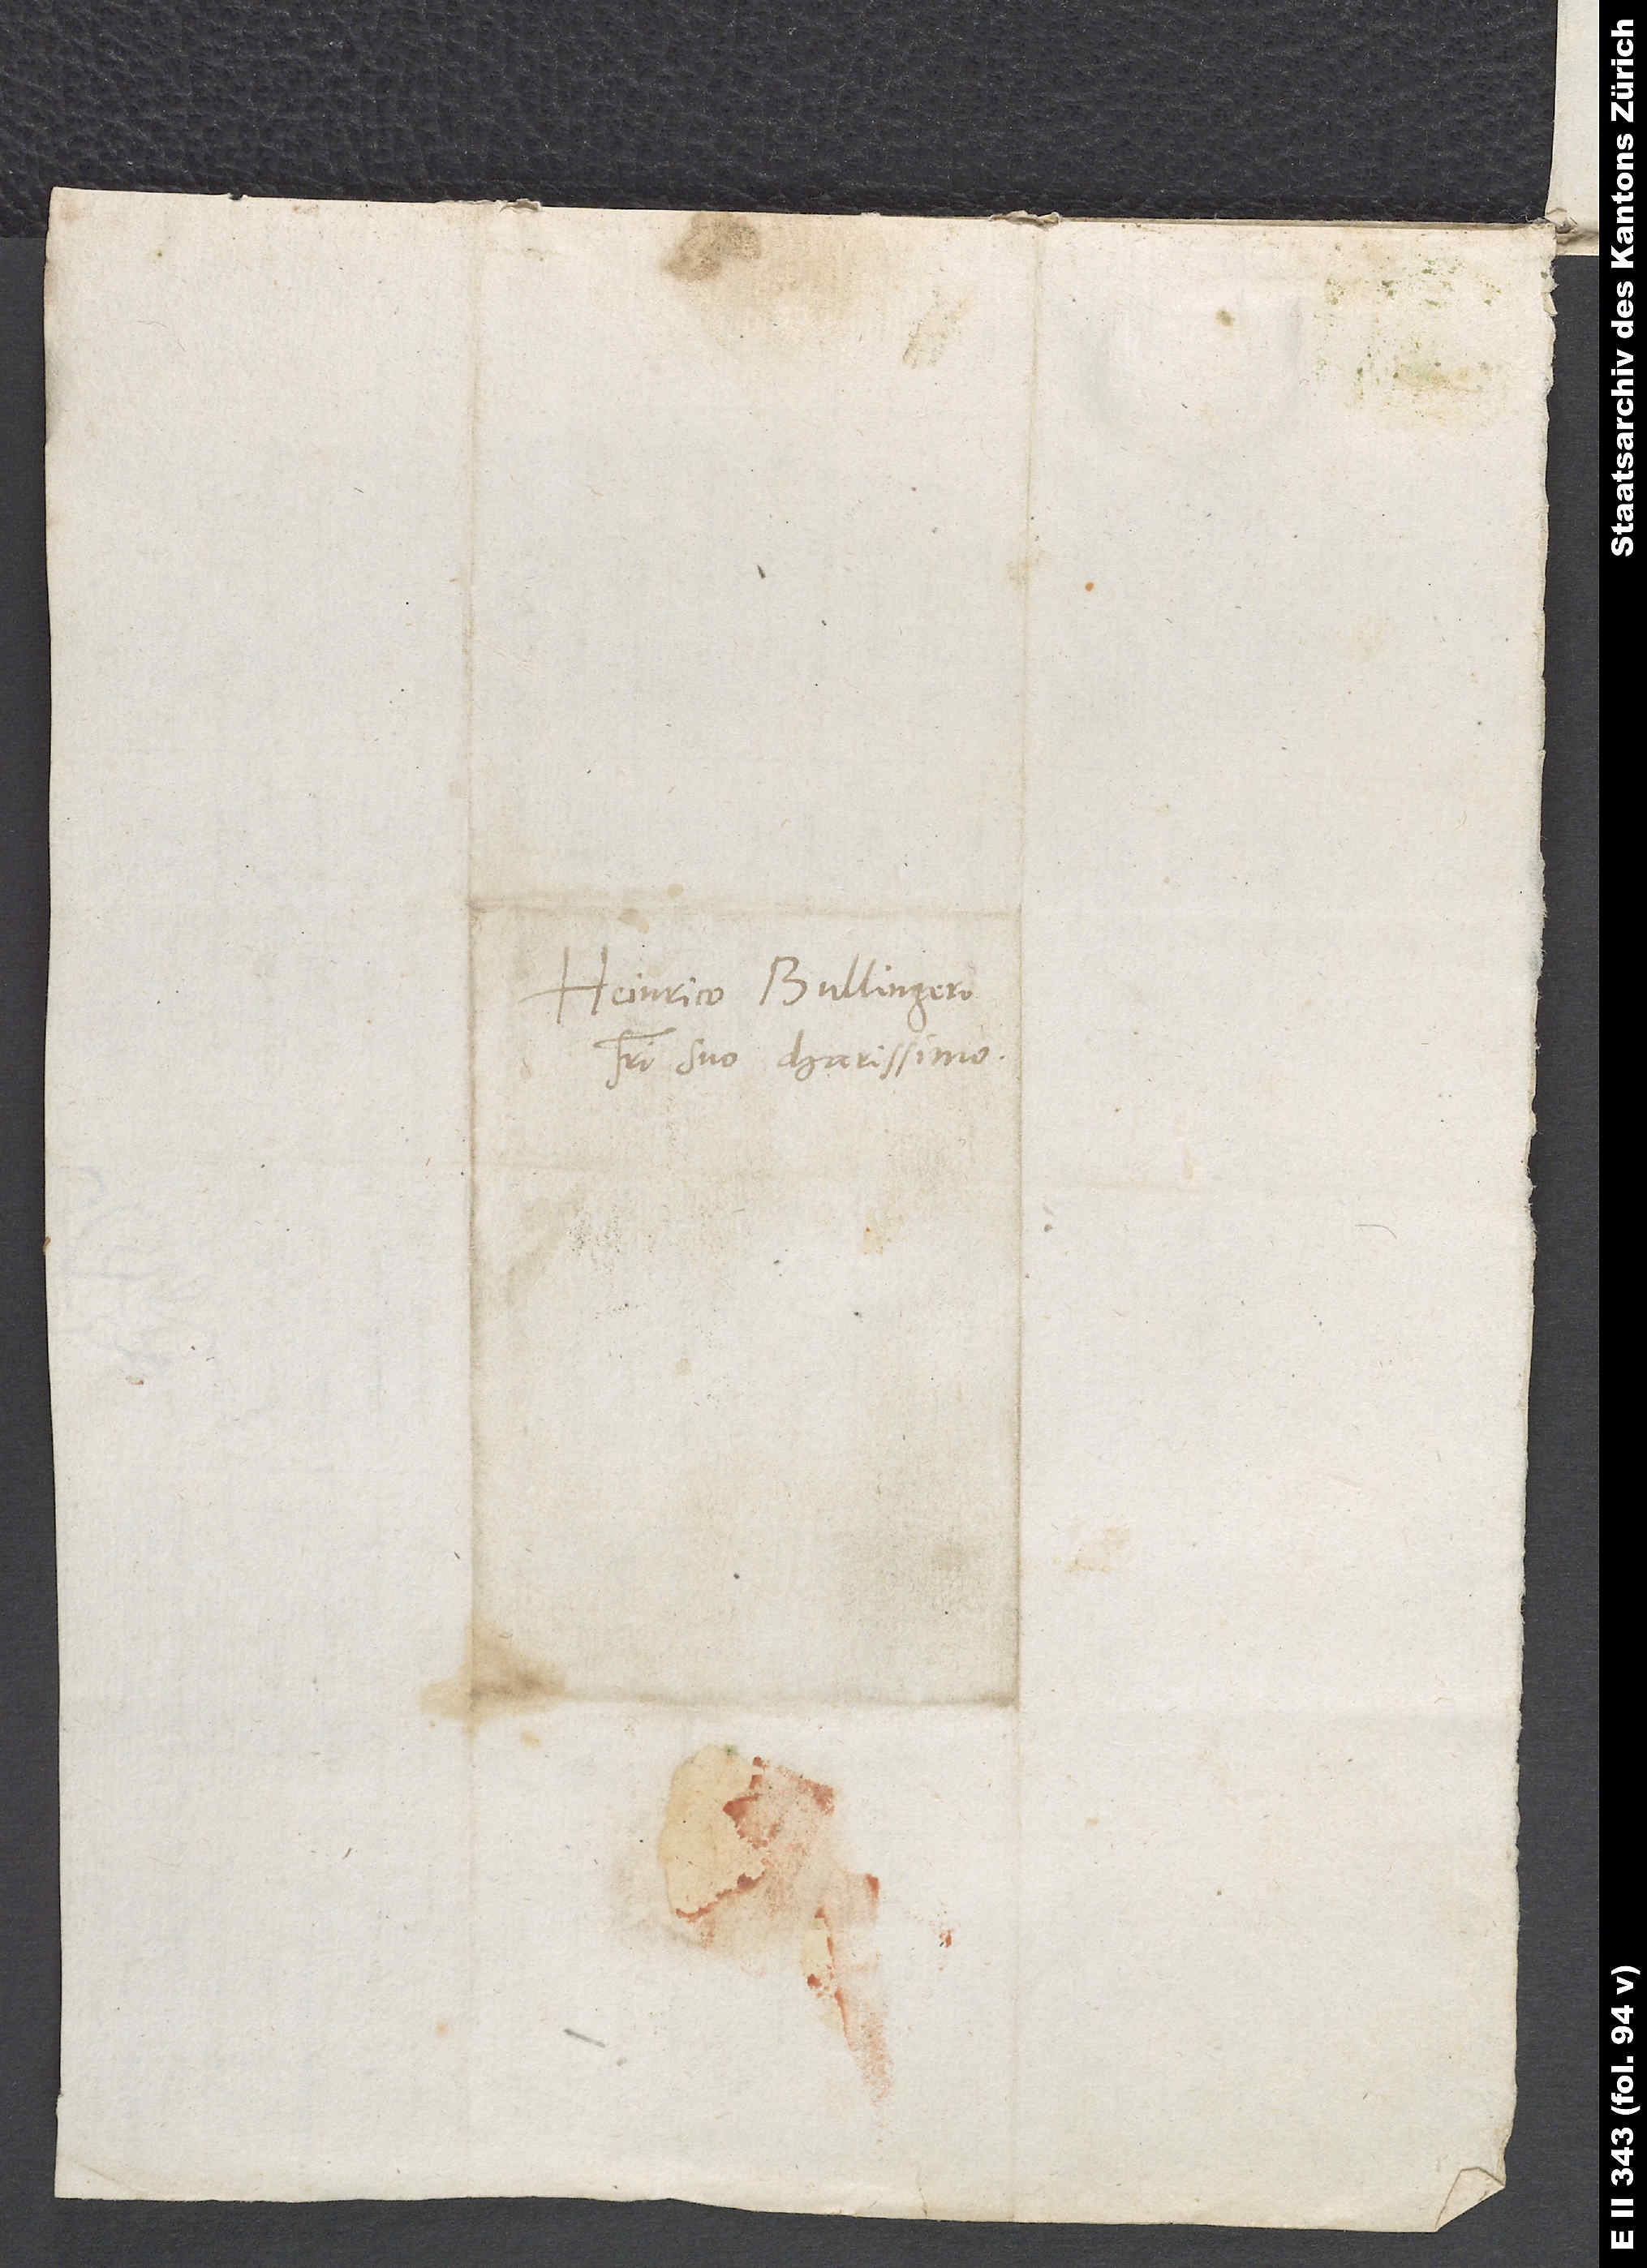
Heinrico Bullingero,
fratri suo charissimo.